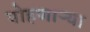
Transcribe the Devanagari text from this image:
पोहणाऱ्या